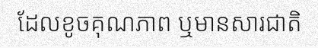
ដែលខូចគុណភាព ឬមានសារជាតិ